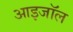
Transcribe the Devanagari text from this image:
आइजॉल